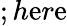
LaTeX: ;h\mathrm{e}r\mathrm{e}